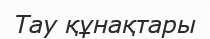
Тау құнақтары